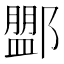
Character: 𨞞